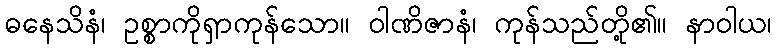
ဓနေသိနံ၊ ဥစ္စာကိုရှာကုန်သော။ ဝါဏိဇာနံ၊ ကုန်သည်တို့၏။ နာဝါယ၊